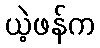
ယဲ့ဖန်က